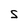
Character: S